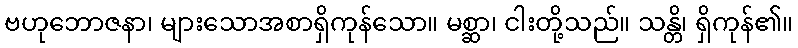
ဗဟုဘောဇနာ၊ များသောအစာရှိကုန်သော။ မစ္ဆာ၊ ငါးတို့သည်။ သန္တိ၊ ရှိကုန်၏။